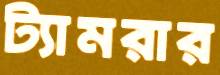
ট্যামরার